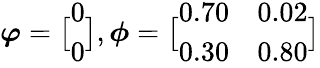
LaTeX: \displaystyle\boldsymbol{\varphi}=\bigl[\begin{array}{l}{0}\\ {0}\end{array}\bigr],\boldsymbol{\phi}=\bigl[\begin{array}{ll}{0.70}&{0.02}\\ {0.30}&{0.80}\end{array}\bigr]